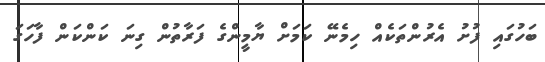
ބަހުގައި ފުށު އެރުންތަކެއް ހިމެނޭ ކަމަށް ޔާމީންގެ ފަރާތުން ގިނަ ކަންކަން ފާހަގަ